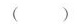
( )